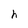
Character: h